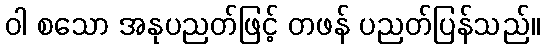
ဝါ စသော အနုပညတ်ဖြင့် တဖန် ပညတ်ပြန်သည်။